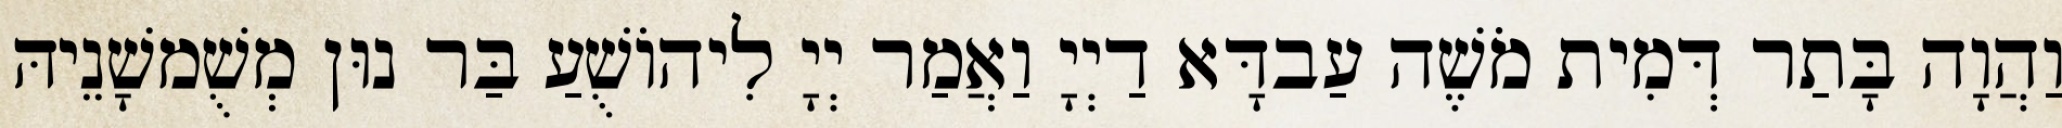
וַהֲוָה בָּתַר דְּמִית מֹשֶׁה עַבדָּא דַיְיָ וַאֲמַר יְיָ לִיהוֹשֻׁעַ בַּר נוּן מְשֻׁמשָׁנֵיהּ